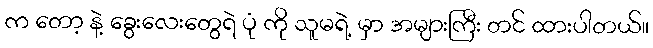
က တော့ နဲ့ ခွေးလေးတွေရဲ ပုံ ကို သူမရဲ့ မှာ အများကြီး တင် ထားပါတယ်။